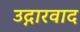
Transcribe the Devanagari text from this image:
उद्गारवाद